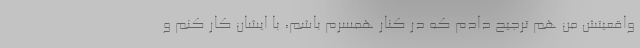
واقعیتش من هم ترجیح دادم که در کنار همسرم باشم، با ایشان کار کنم و